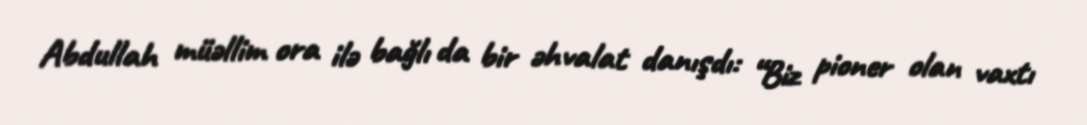
Abdullah müəllim ora ilə bağlı da bir əhvalat danışdı: “Biz pioner olan vaxtı